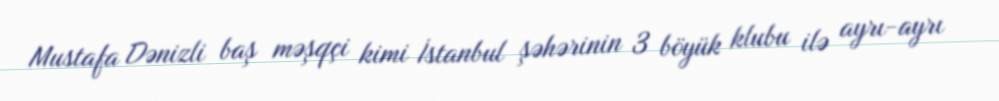
Mustafa Dənizli baş məşqçi kimi İstanbul şəhərinin 3 böyük klubu ilə ayrı-ayrı